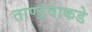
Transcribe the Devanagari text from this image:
ताण्डवाकडे